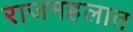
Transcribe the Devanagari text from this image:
राजमहलात